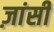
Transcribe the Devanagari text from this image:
ज़ांसी